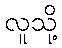
လူသို့